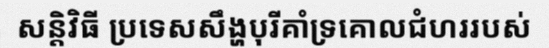
សន្តិវិធី ប្រទេសសឹង្ហបុរីគាំទ្រគោលជំហររបស់